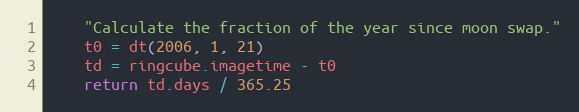
Language: Python
    "Calculate the fraction of the year since moon swap."
    t0 = dt(2006, 1, 21)
    td = ringcube.imagetime - t0
    return td.days / 365.25